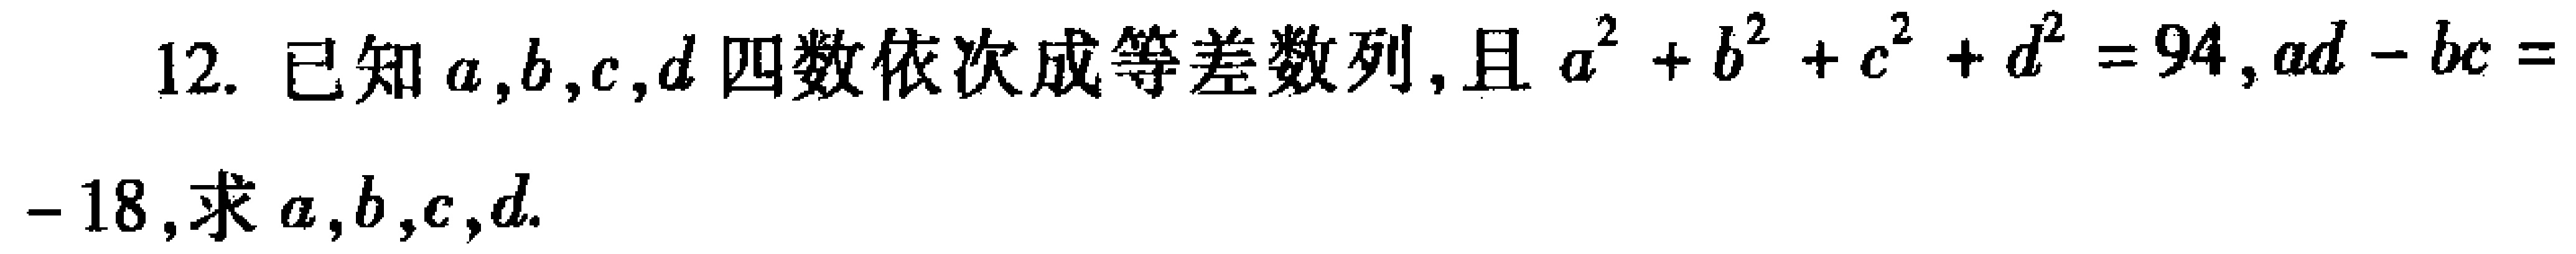
12. 已知\(a,b,c,d\)四数依次成等差数列, 且\(a^{2}+b^{2}+c^{2}+d^{2}=94,ad - bc = - 18\),求\(a,b,c,d\).